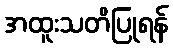
အထူးသတိပြုရန်